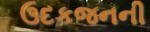
ઉદકજનની